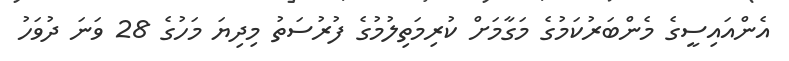
އެންއައިސީގެ މެންބަރުކަމުގެ މަގާމަށް ކުރިމަތިލުމުގެ ފުރުސަތު މިދިޔަ މަހުގެ 28 ވަނަ ދުވަހު